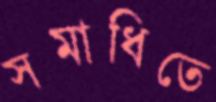
সমাধিতে